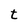
Character: t